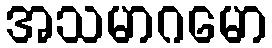
အသမာဂမော